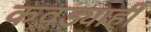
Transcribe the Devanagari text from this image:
कवड्याही